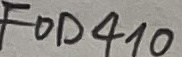
Text: FOD410